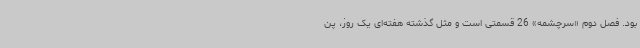
بود. فصل دوم «سرچشمه» 26 قسمتی است و مثل گذشته هفته‌ای یک روز، پن